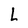
Character: L